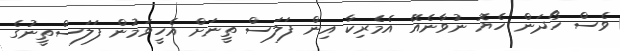
ވެސް ހޯދަން ހެޔޮ ނުވާނެއޭ އެމެރިކާ އިން ފަލަސް ތީނަށް އެހީވަމުން ފަލަސްތީނުގެ